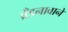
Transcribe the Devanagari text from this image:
ब्रँडनावाने